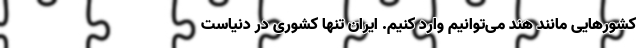
کشورهایی مانند هند می‌توانیم وارد کنیم. ایران تنها کشوری در دنیاست